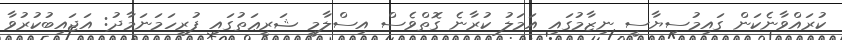
ކުރައްވާނެކަން ގައިމުސިޔާސީ ނިޒާމުގައި އަމަލު ކުރާނެ ގޮތްވެސް އިސްލާމީ ޝަރީޢަތުގައި ފުރިހަމަނަމާދު: އަޖައިބުކުރުވާ